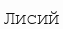
Лисий